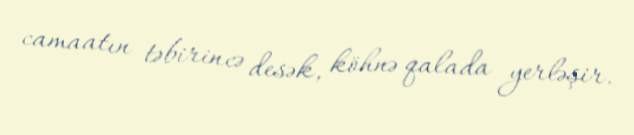
camaatın təbirincə desək, köhnə qalada yerləşir.